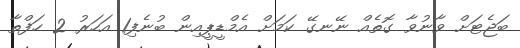
ބަޖެޓަށް ވާނުވާ ގޮތެއް ނޭނގޭ ކަމަށް އެމްޑީޕީއިން ބުނެފި1 އަހަރު 2 ހަފްތާ